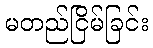
မတည်ငြိမ်ခြင်း